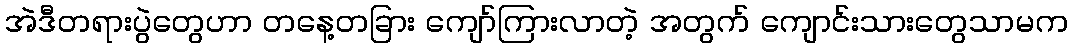
အဲဒီတရားပွဲတွေဟာ တနေ့တခြား ကျော်ကြားလာတဲ့ အတွက် ကျောင်းသားတွေသာမက